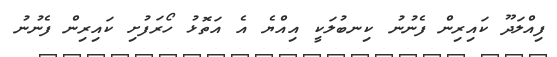
ފިއްލަދޫ ކައިރިން ފެނުނު ކިނބުލަކީ އިއްޔެ އެ އަތޮޅު ހޯރަފުށި ކައިރިން ފެނުނު